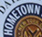
HOMETOWN